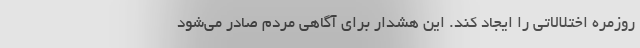
روزمره اختلالاتی را ایجاد کند. این هشدار برای آگاهی مردم صادر می‌شود